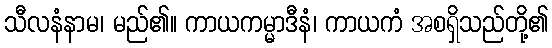
သီလနံနာမ၊ မည်၏။ ကာယကမ္မာဒီနံ၊ ကာယကံ အစရှိသည်တို့၏